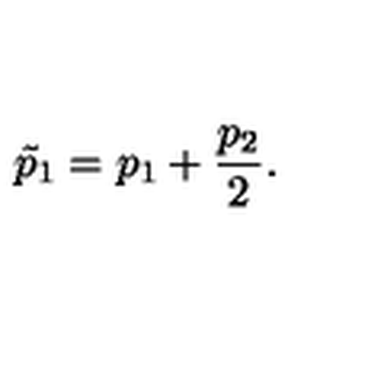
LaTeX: \tilde { p } _ { 1 } = p _ { 1 } + \frac { p _ { 2 } } { 2 } .